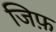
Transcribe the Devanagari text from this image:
जिफ़